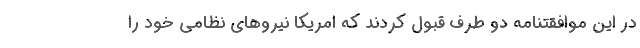
در اين موافقتنامه دو طرف قبول كردند كه امريكا نيروهاي نظامي خود را